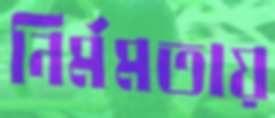
নির্মমতায়